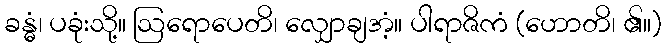
ခန္ဓံ၊ ပခုံးသို့။ ဩရောပေတိ၊ လျှောချအံ့။ ပါရာဇိကံ (ဟောတိ၊ ၏။)